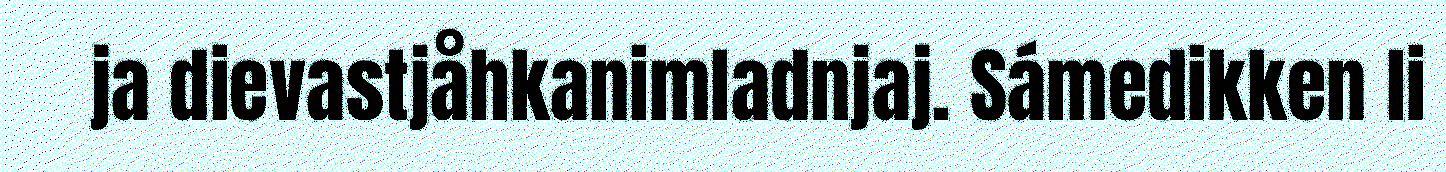
ja dievastjåhkanimladnjaj. Sámedikken li